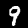
Digit: 9